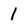
Character: I